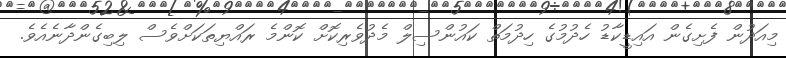
މިއަދުން ފެށިގެން އައިޑީކާޑު ހެދުމުގެ ހިދުމަތް ކައުންސިލް މެދުވެރިކޮށް ކޮންމެ ރައްޔިތަކަށްވެސް ލިބިގެންދާނެއެވެ.